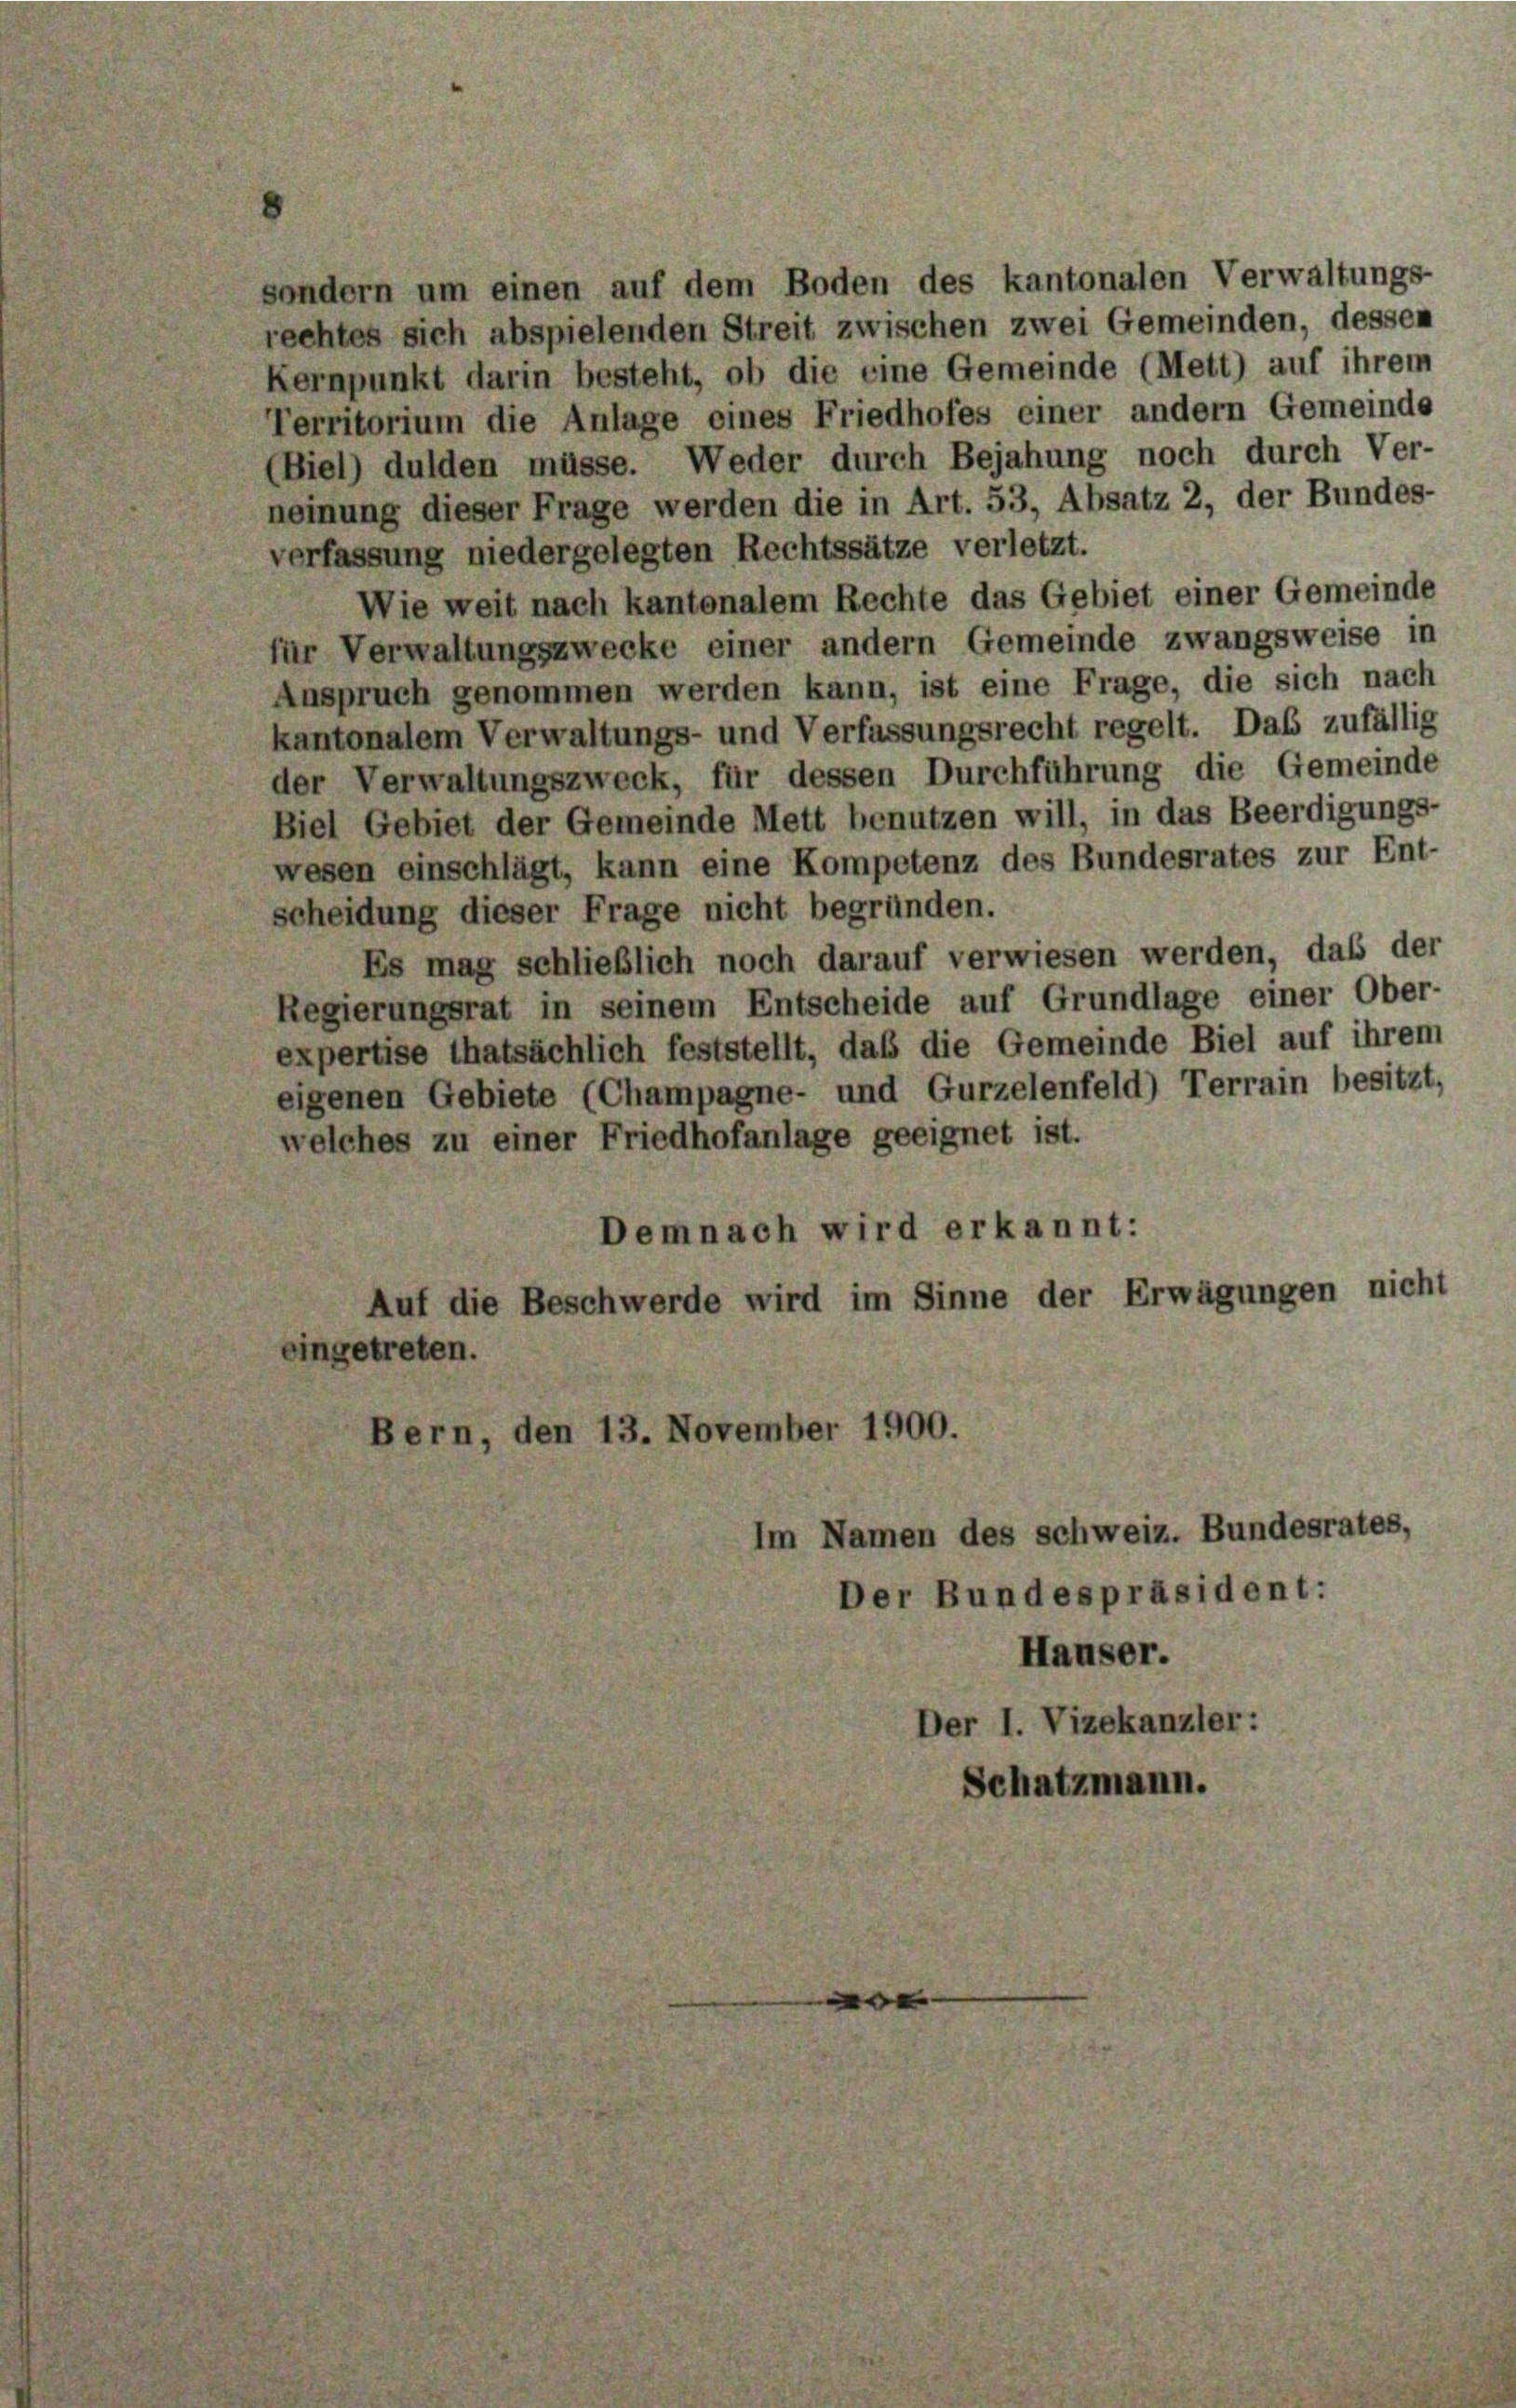
sondern um einen auf dem Boden des kantonalen Verwaltungs-
echtes sich abspielenden Streit zwischen zwei Gemeinden, dessen
Kernpunkt darin besteht, ob die eine Gemeinde (Mett) auf ihrem
Territorium die Anlage eines Friedhofes einer andern Gemeinde
(Biel) dulden müsse. Weder durch Bejahung noch durch Ver-
neinung dieser Frage werden die in Art. 53, Absatz 2, der Bundes-
verfassung niedergelegten Rechtssätze verletzt.
Wie weit nach kantonalem Rechte das Gebiet einer Gemeinde
für Verwaltungszwecke einer andern Gemeinde zwangsweise in
Anspruch genommen werden kann, ist eine Frage, die sich nach
kantonalem Verwaltungs- und Verfassungsrecht regelt. Das zufällig
der Verwaltungszweck, für dessen Durchführung die Gemeinde
Biel Gebiet der Gemeinde Mett benutzen will, in das Beerdigungs-
wesen einschlägt, kann eine Kompetenz des Bundesrates zur Ent-
scheidung dieser Frage nicht begründen.
Es mag schließlich noch darauf verwiesen werden, daß der
Regierungsrat in seinem Entscheide auf Grundlage einer Ober-
expertise thatsächlich feststellt, daß die Gemeinde Biel auf ihrem
eigenen Gebiete (Champagne- und Gurzelenfeld) Terrain besitzt,
welches zu einer Friedhofanlage geeignet ist.
Demnach wird erkannt:
Auf die Beschwerde wird im Sinne der Erwägungen nicht

ingetreten.

Im Namen des Schweiz. Bundesrates,

Bern, den 13. November 1900.

Der Bundespräsident:
Häuser.
Der I. Vizekanzler:
Schatzmann.